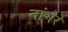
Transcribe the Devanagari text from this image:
तांभेरे